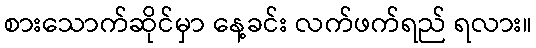
စားသောက်ဆိုင်မှာ နေ့ခင်း လက်ဖက်ရည် ရလား။